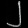
Digit: ၂